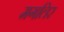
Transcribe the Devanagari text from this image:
मगलिर